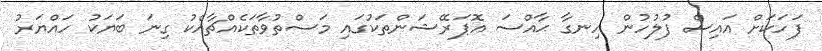
ފަހަކަށް އައިސް ފުލުހުން ހިނގާ ޙާއްސަ އޮޕަރޭޝަންތަކުގައި މަސްތުވާތަކެއްޗާއެކު ގިނަ ބަޔަކު ހައްޔަރު